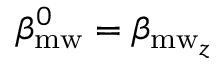
\beta _ { \mathrm { m w } } ^ { 0 } = \beta _ { \mathrm { m w } _ { z } }